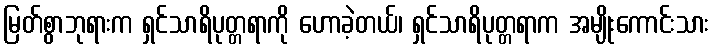
မြတ်စွာဘုရားက ရှင်သာရိပုတ္တရာကို ဟောခဲ့တယ်၊ ရှင်သာရိပုတ္တရာက အမျိုးကောင်းသား